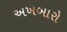
અખબારો